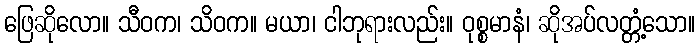
ဖြေဆိုလော။ သီဝက၊ သိဝက။ မယာ၊ ငါဘုရားလည်း။ ဝုစ္စမာနံ၊ ဆိုအပ်လတ္တံ့သော။